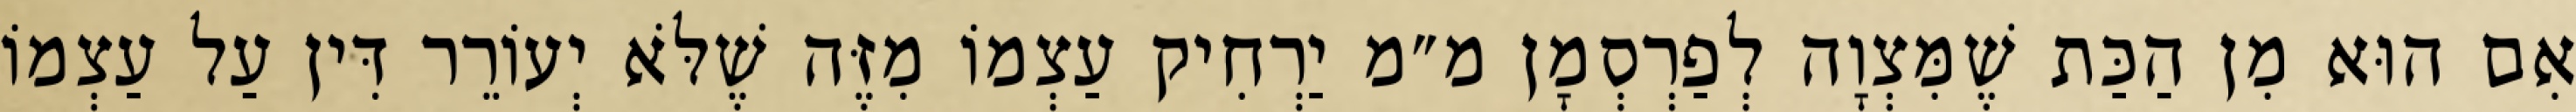
אִם הוּא מִן הַכַּת שֶׁמִּצְוָה לְפַרְסְמָן מ״מ יַרְחִיק עַצְמוֹ מִזֶּה שֶׁלֹּא יְעוֹרֵר דִּין עַל עַצְמוֹ